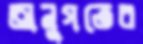
অনুগতের